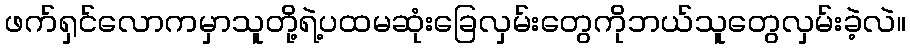
ဖက်ရှင်လောကမှာသူတို့ရဲ့ပထမဆုံးခြေလှမ်းတွေကိုဘယ်သူတွေလှမ်းခဲ့လဲ။